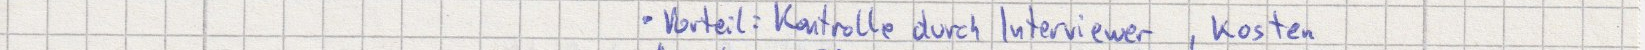
Vorteil: Kontrolle durch Interviewer, Kosten